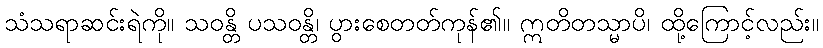
သံသရာဆင်းရဲကို။ သဝန္တိ ပသဝန္တိ၊ ပွားစေတတ်ကုန်၏။ ဣတိတသ္မာပိ၊ ထို့ကြောင့်လည်း။